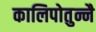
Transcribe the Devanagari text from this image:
कालिपोतुन्नै